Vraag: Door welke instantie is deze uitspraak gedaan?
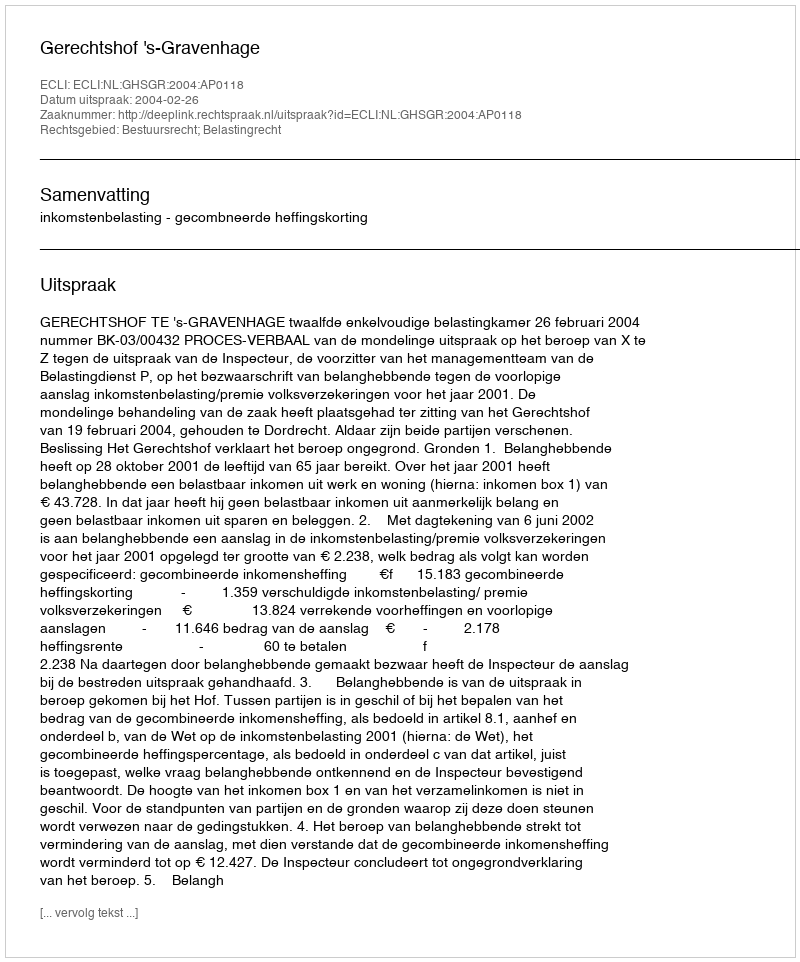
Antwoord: Gerechtshof 's-Gravenhage